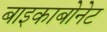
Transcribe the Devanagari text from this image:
बाइकाबोनेट